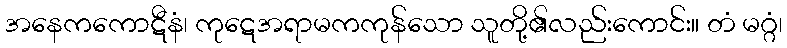
အနေကကောဋီနံ၊ ကုဋေအရာမကကုန်သော သူတို့၏လည်းကောင်း။ တံ မဂ္ဂံ၊